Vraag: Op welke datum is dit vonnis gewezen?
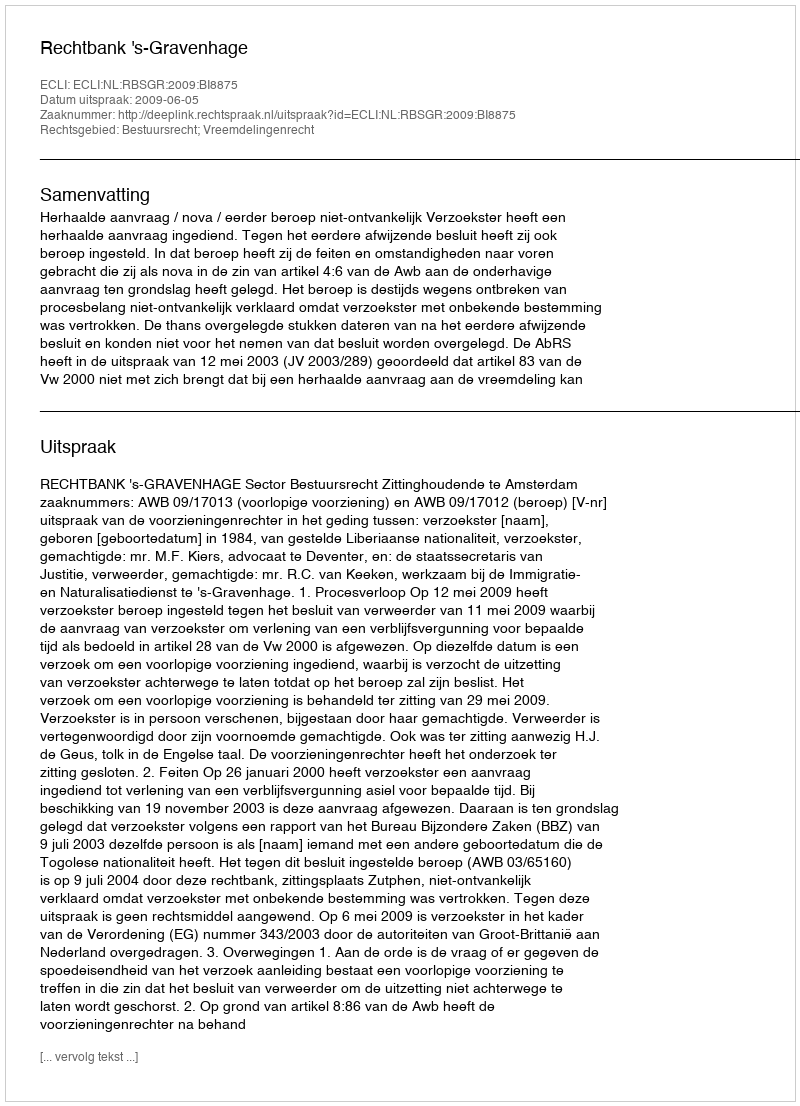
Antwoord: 2009-06-05